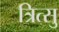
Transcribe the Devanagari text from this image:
त्रित्सु